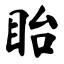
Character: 眙